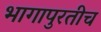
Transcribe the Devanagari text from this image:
भागापुरतीच